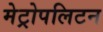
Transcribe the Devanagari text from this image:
मेट्रोपलिटन